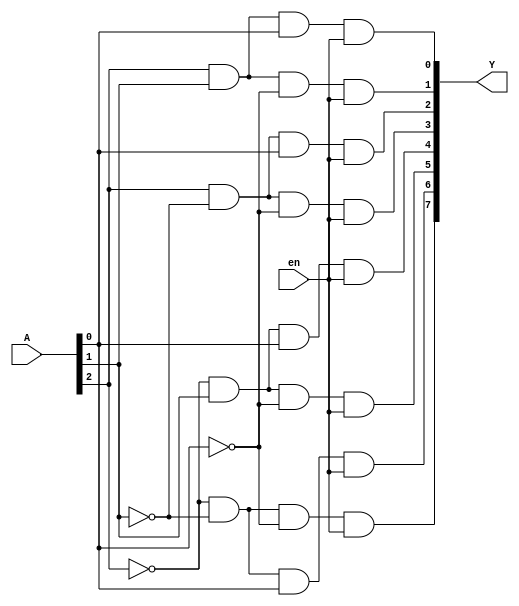
`timescale 1ns / 1ps

module decoder_3x8(
    output [0:7] Y,
    input [2:0] A,
    input en
    );
    
    and Y0 (Y[0], ~A[2], ~A[1], ~A[0], en),
        Y1 (Y[1], ~A[2], ~A[1],  A[0], en),
        Y2 (Y[2], ~A[2],  A[1], ~A[0], en),
        Y3 (Y[3], ~A[2],  A[1],  A[0], en),
        Y4 (Y[4],  A[2], ~A[1], ~A[0], en),
        Y5 (Y[5],  A[2], ~A[1],  A[0], en),
        Y6 (Y[6],  A[2],  A[1], ~A[0], en),
        Y7 (Y[7],  A[2],  A[1],  A[0], en);
    
endmodule